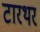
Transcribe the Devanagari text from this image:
टारथर